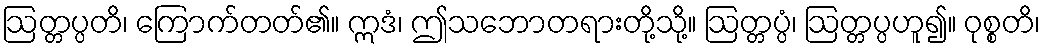
ဩတ္တပ္ပတိ၊ ကြောက်တတ်၏။ ဣဒံ၊ ဤသဘောတရားတို့သို့။ ဩတ္တပ္ပံ၊ ဩတ္တပ္ပဟူ၍။ ဝုစ္စတိ၊